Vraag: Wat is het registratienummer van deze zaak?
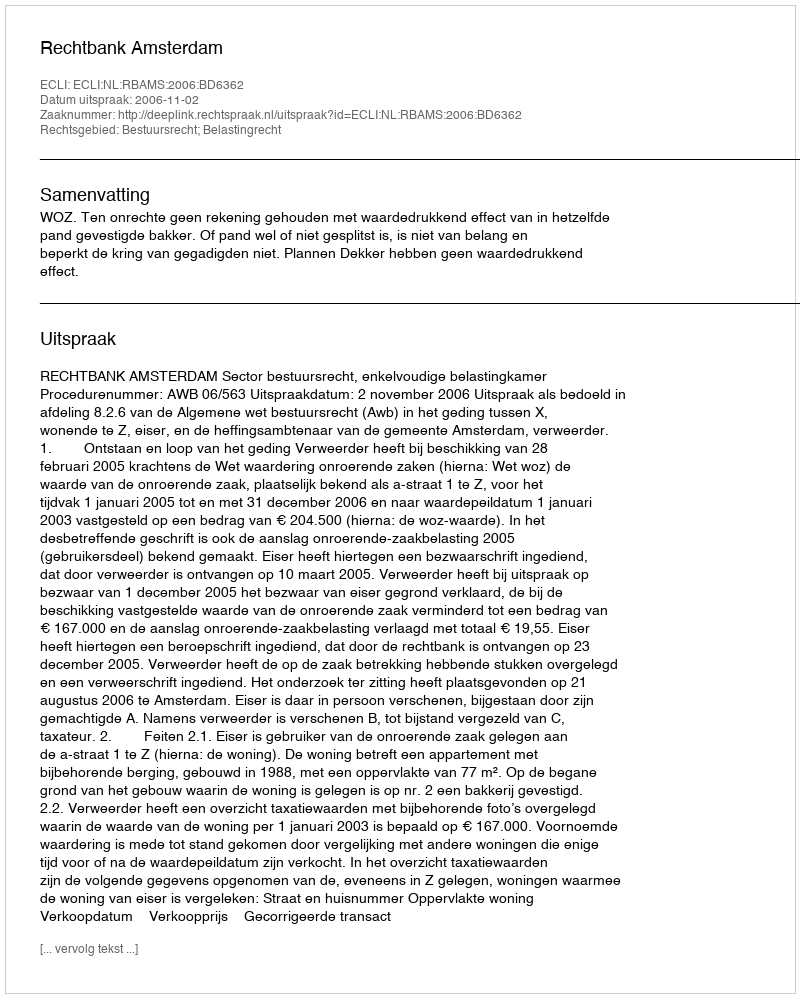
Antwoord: http://deeplink.rechtspraak.nl/uitspraak?id=ECLI:NL:RBAMS:2006:BD6362